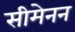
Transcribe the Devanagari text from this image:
सीमेनन